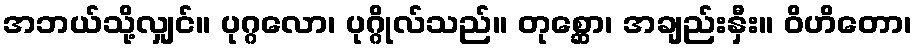
အဘယ်သို့လျှင်။ ပုဂ္ဂလော၊ ပုဂ္ဂိုလ်သည်။ တုစ္ဆော၊ အချည်းနှီး။ ဝိဟိတော၊